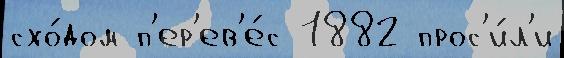
схо́дом п'ер'ев'е́с 1882 прос'и́л'и